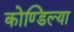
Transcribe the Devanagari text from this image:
कोण्डिल्या